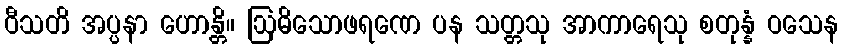
ဝီသတိ အပ္ပနာ ဟောန္တိ။ ဩဓိသောဖရဏေ ပန သတ္တသု အာကာရေသု စတုန္နံ ဝသေန